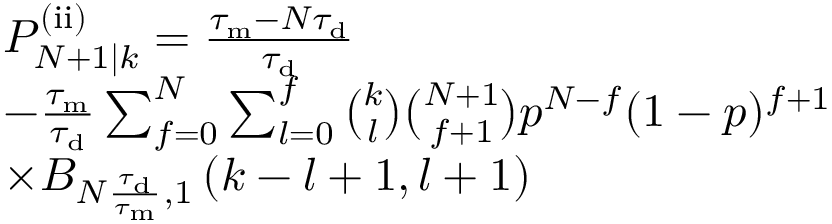
\begin{array} { r l } & { P _ { N + 1 | k } ^ { \mathrm { ( i i ) } } = \frac { \tau _ { \mathrm { m } } - N \tau _ { \mathrm { d } } } { \tau _ { \mathrm { d } } } } \\ & { - \frac { \tau _ { \mathrm { m } } } { \tau _ { \mathrm { d } } } \sum _ { f = 0 } ^ { N } \sum _ { l = 0 } ^ { f } \binom { k } { l } \binom { N + 1 } { f + 1 } p ^ { N - f } ( 1 - p ) ^ { f + 1 } } \\ & { \times B _ { N \frac { \tau _ { \mathrm { d } } } { \tau _ { \mathrm { m } } } , 1 } \left( k - l + 1 , l + 1 \right) } \end{array}